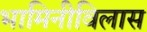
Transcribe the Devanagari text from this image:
भामिनीविलास